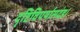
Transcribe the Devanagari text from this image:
दृष्टिविपर्यासदंड।